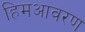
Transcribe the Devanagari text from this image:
हिमआवरण